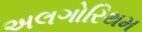
અલગોરિથમ